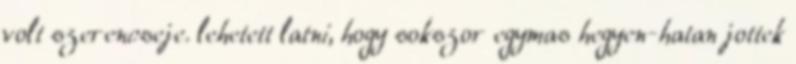
volt szerencseje. lehetett latni, hogy sokszor egymas hegyen-hatan jottek